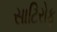
સાટિરોફ